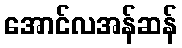
အောင်လအန်ဆန်